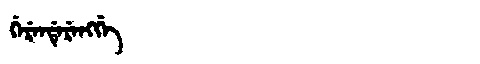
Manchu: ᡤᡝᡵᡝᠨᡩᡝᡵᡝᠩᡤᡝ
Romanization: GERENDERENGGE